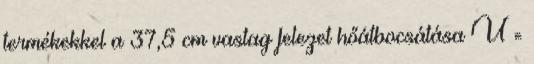
termékekkel a 37,5 cm vastag felezet hőátbocsátása U =